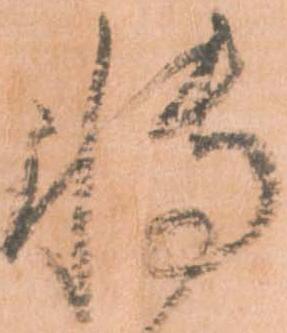
博